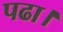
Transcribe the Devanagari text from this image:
पढा।